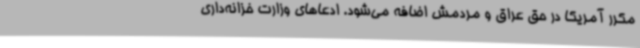
مکرر آمریکا در حق عراق و مردمش اضافه می‌شود. ادعاهای وزارت خزانه‌داری